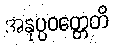
အနုပ္ပဝတ္တေတိ